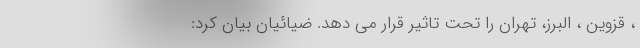
، قزوین ، البرز، تهران را تحت تاثیر قرار می دهد. ضیائیان بیان کرد: